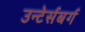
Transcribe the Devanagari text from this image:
उन्टेर्सबर्ग